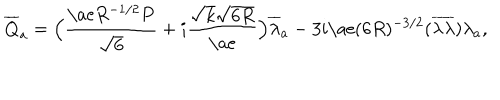
{ \overline { { { Q } } } } _ { a } = \Big ( \frac { { \mathrm { \ a e } } R ^ { - 1 / 2 } P } { \sqrt { 6 } } + i \frac { \sqrt { k } \sqrt { 6 R } } { { \mathrm { \ a e } } } \Big ) { \overline { { { \lambda } } } _ { a } } - 3 i { \mathrm { \ a e } } ( 6 R ) ^ { - 3 / 2 } ( { \overline { { { \lambda } } } } { \overline { { { \lambda } } } } ) \lambda _ { a } ,